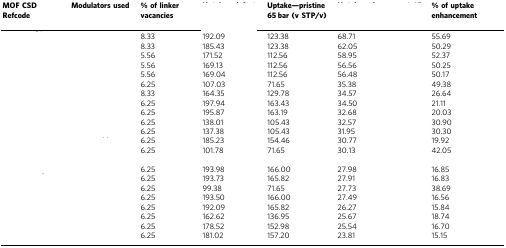
<table><thead><tr><td><b>MOF CSD Refcode</b></td><td><b>Modulators used</b></td><td><b>% of linker vacancies</b></td><td>[EMPTY_CELL]</td><td><b>Uptake—pristine 65 bar (v STP/v)</b></td><td>[EMPTY_CELL]</td><td><b>% of uptake enhancement</b></td></tr></thead><tbody><tr><td>[EMPTY_CELL]</td><td>[EMPTY_CELL]</td><td>8.33</td><td>192.09</td><td>123.38</td><td>68.71</td><td>55.69</td></tr><tr><td>[EMPTY_CELL]</td><td>[EMPTY_CELL]</td><td>8.33</td><td>185.43</td><td>123.38</td><td>62.05</td><td>50.29</td></tr><tr><td>[EMPTY_CELL]</td><td>[EMPTY_CELL]</td><td>5.56</td><td>171.52</td><td>112.56</td><td>58.95</td><td>52.37</td></tr><tr><td>[EMPTY_CELL]</td><td>[EMPTY_CELL]</td><td>5.56</td><td>169.13</td><td>112.56</td><td>56.56</td><td>50.25</td></tr><tr><td>[EMPTY_CELL]</td><td>[EMPTY_CELL]</td><td>5.56</td><td>169.04</td><td>112.56</td><td>56.48</td><td>50.17</td></tr><tr><td>[EMPTY_CELL]</td><td>[EMPTY_CELL]</td><td>6.25</td><td>107.03</td><td>71.65</td><td>35.38</td><td>49.38</td></tr><tr><td>[EMPTY_CELL]</td><td>[EMPTY_CELL]</td><td>8.33</td><td>164.35</td><td>129.78</td><td>34.57</td><td>26.64</td></tr><tr><td>[EMPTY_CELL]</td><td>[EMPTY_CELL]</td><td>6.25</td><td>197.94</td><td>163.43</td><td>34.50</td><td>21.11</td></tr><tr><td>[EMPTY_CELL]</td><td>[EMPTY_CELL]</td><td>6.25</td><td>195.87</td><td>163.19</td><td>32.68</td><td>20.03</td></tr><tr><td>[EMPTY_CELL]</td><td>[EMPTY_CELL]</td><td>6.25</td><td>138.01</td><td>105.43</td><td>32.57</td><td>30.90</td></tr><tr><td>[EMPTY_CELL]</td><td>[EMPTY_CELL]</td><td>6.25</td><td>137.38</td><td>105.43</td><td>31.95</td><td>30.30</td></tr><tr><td>[EMPTY_CELL]</td><td>[EMPTY_CELL]</td><td>6.25</td><td>185.23</td><td>154.46</td><td>30.77</td><td>19.92</td></tr><tr><td>[EMPTY_CELL]</td><td>[EMPTY_CELL]</td><td>6.25</td><td>101.78</td><td>71.65</td><td>30.13</td><td>42.05</td></tr><tr><td>[EMPTY_CELL]</td><td>[EMPTY_CELL]</td><td>6.25</td><td>193.98</td><td>166.00</td><td>27.98</td><td>16.85</td></tr><tr><td>[EMPTY_CELL]</td><td>[EMPTY_CELL]</td><td>6.25</td><td>193.73</td><td>165.82</td><td>27.91</td><td>16.83</td></tr><tr><td>[EMPTY_CELL]</td><td>[EMPTY_CELL]</td><td>6.25</td><td>99.38</td><td>71.65</td><td>27.73</td><td>38.69</td></tr><tr><td>[EMPTY_CELL]</td><td>[EMPTY_CELL]</td><td>6.25</td><td>193.50</td><td>166.00</td><td>27.49</td><td>16.56</td></tr><tr><td>[EMPTY_CELL]</td><td>[EMPTY_CELL]</td><td>6.25</td><td>192.09</td><td>165.82</td><td>26.27</td><td>15.84</td></tr><tr><td>[EMPTY_CELL]</td><td>[EMPTY_CELL]</td><td>6.25</td><td>162.62</td><td>136.95</td><td>25.67</td><td>18.74</td></tr><tr><td>[EMPTY_CELL]</td><td>[EMPTY_CELL]</td><td>6.25</td><td>178.52</td><td>152.98</td><td>25.54</td><td>16.70</td></tr><tr><td>[EMPTY_CELL]</td><td>[EMPTY_CELL]</td><td>6.25</td><td>181.02</td><td>157.20</td><td>23.81</td><td>15.15</td></tr></tbody></table>